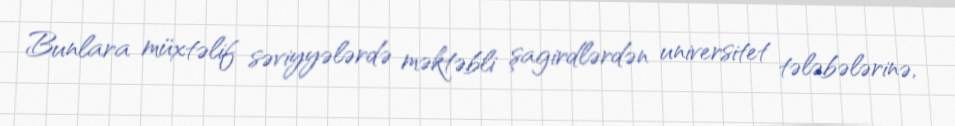
Bunlara müxtəlif səviyyələrdə məktəbli şagirdlərdən universitet tələbələrinə,